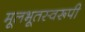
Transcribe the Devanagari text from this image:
मूलभूतस्वरूपी